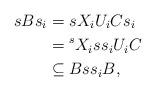
LaTeX: \begin{align*}s B s_i&=s X_iU_iC s_i\\&= {}^sX_{i} s s_i U_iC \\&\subseteq B s s_i B,\end{align*}